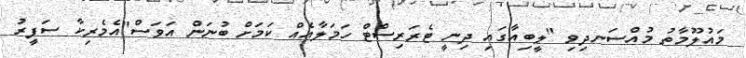
މައުލޫމާތު މުއްސަނދިވި "ލީބިއާގައި ދިނީ ޓެރަރިސްޓް ހަމަލާއެއް ކަމަށް ބުނަން އަވަސް"އެމެރިކާ ސަފީރު